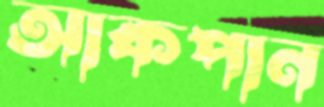
আকপান